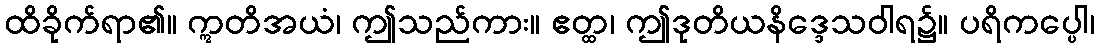
ထိခိုက်ရာ၏။ ဣတိအယံ၊ ဤသည်ကား။ ဧတ္ထ၊ ဤဒုတိယနိဒ္ဒေသဝါရ၌။ ပရိကပ္ပေါ၊